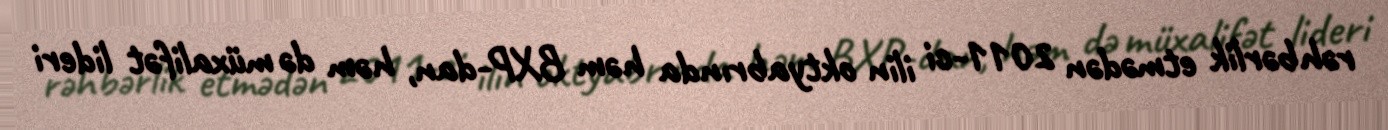
rəhbərlik etmədən 2011-ci ilin oktyabrında həm BXP-dan, həm də müxalifət lideri